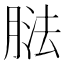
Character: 𦝌